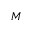
M